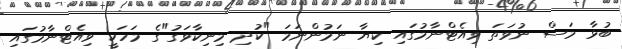
ބުޅާ މަސް ނުވަތަ ވިއެޓްނާމުގައި ކިޔާ ނަމުންނަމަ "ކުދި މިނިކާވަގު"ގެ މަހަކީ ވިއެޓްނާމުގައި